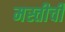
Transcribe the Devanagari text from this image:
मस्तीची